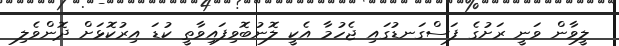
ލީވާން ވަނީ ރަށުގެ ފަސްގަނޑުގައި ޖެހުމާ އެކީ ލޮނުބޮވިފައިވާތީ ކުޑަ އިރުކޮޅަށް ދޮންވެލި